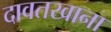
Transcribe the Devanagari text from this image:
दावतखाना